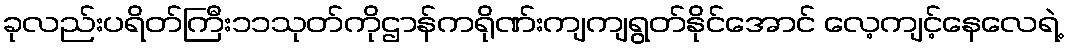
ခုလည်းပရိတ်ကြီး၁၁သုတ်ကိုဌာန်ကရိုဏ်းကျကျရွတ်နိုင်အောင် လေ့ကျင့်နေလေရဲ့